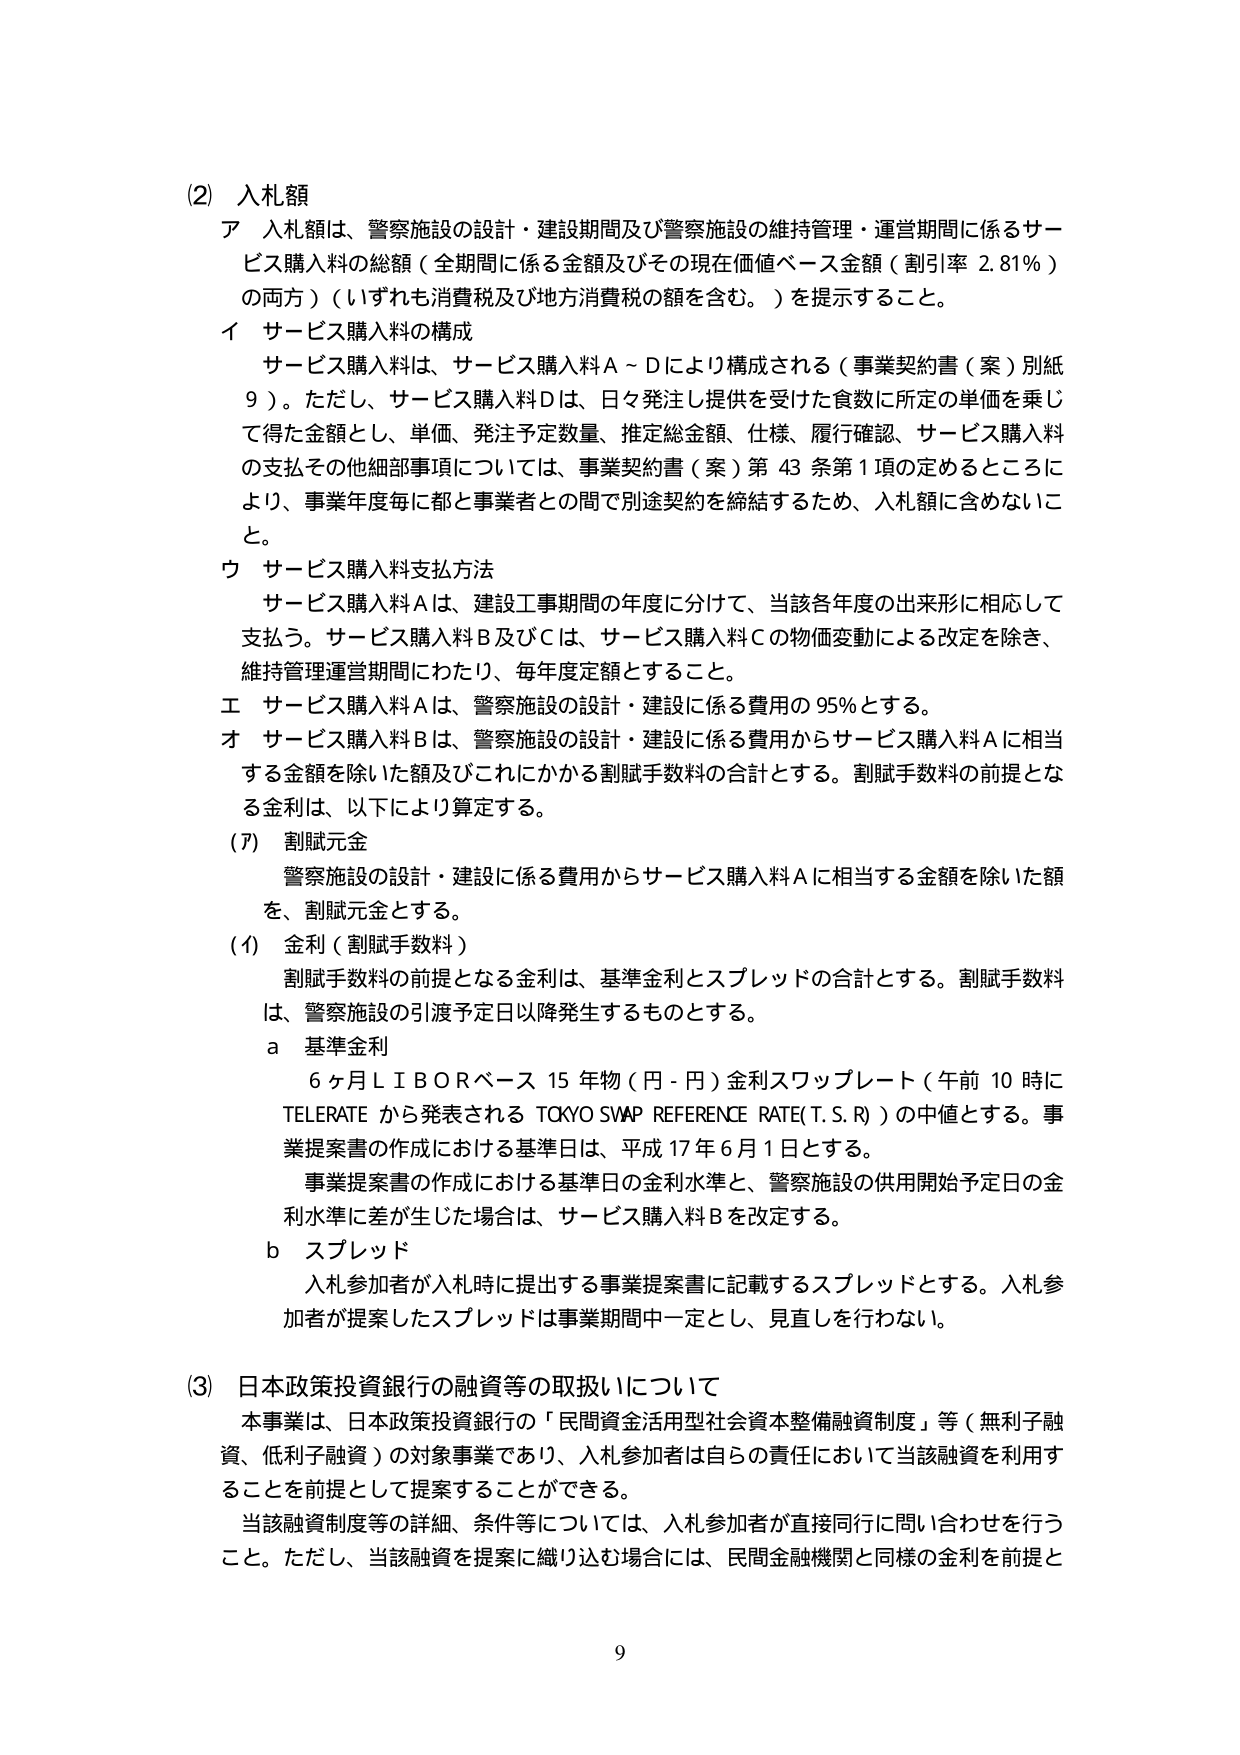
(2) 入札額
ア 入札額は、警察施設の設計・建設期間及び警察施設の維持管理・運営期間に係るサービス購入料の総額（全期間に係る金額及びその現在価値ベース金額（割引率 2.81％）の両方）（いずれも消費税及び地方消費税の額を含む。）を提示すること。
イ サービス購入料の構成
　サービス購入料は、サービス購入料Ａ～Ｄにより構成される（事業契約書（案）別紙９）。ただし、サービス購入料Ｄは、日々発注し提供を受けた食数に所定の単価を乗じて得た金額とし、単価、発注予定数量、推定総金額、仕様、履行確認、サービス購入料の支払その他細部事項については、事業契約書（案）第43条第1項の定めるところにより、事業年度毎に都と事業者との間で別途契約を締結するため、入札額に含めないこと。
ウ サービス購入料支払方法
　サービス購入料Ａは、建設工事期間の年度に分けて、当該各年度の出来形に相応して支払う。サービス購入料Ｂ及びＣは、サービス購入料Ｃの物価変動による改定を除き、維持管理運営期間にわたり、毎年度定額とすること。
エ サービス購入料Ａは、警察施設の設計・建設に係る費用の95％とする。
オ サービス購入料Ｂは、警察施設の設計・建設に係る費用からサービス購入料Ａに相当する金額を除いた額及びこれにかかる割賦手数料の合計とする。割賦手数料の前提となる金利は、以下により算定する。
(7) 割賦元金
　警察施設の設計・建設に係る費用からサービス購入料Ａに相当する金額を除いた額を、割賦元金とする。
(イ) 金利（割賦手数料）
　割賦手数料の前提となる金利は、基準金利とスプレッドの合計とする。割賦手数料は、警察施設の引渡予定日以降発生するものとする。
　a 基準金利
　　6ヶ月LIBORベース15年物（円-円）金利スワップレート（午前10時にTELERATEから発表されるTOKYO SWAP REFERENCE RATE(T.S.R)）の中値とする。事業提案書の作成における基準日は、平成17年6月1日とする。
　　事業提案書の作成における基準日の金利水準と、警察施設の供用開始予定日の金利水準に差が生じた場合は、サービス購入料Ｂを改定する。
　b スプレッド
　　入札参加者が入札時に提出する事業提案書に記載するスプレッドとする。入札参加者が提案したスプレッドは事業期間中一定とし、見直しを行わない。
(3) 日本政策投資銀行の融資等の取扱いについて
　本事業は、日本政策投資銀行の「民間資金活用型社会資本整備融資制度」等（無利子融資、低利子融資）の対象事業であり、入札参加者は自らの責任において当該融資を利用することを前提として提案することができる。
　当該融資制度等の詳細、条件等については、入札参加者が直接同行に問い合わせを行うこと。ただし、当該融資を提案に織り込む場合には、民間金融機関と同様の金利を前提と

9